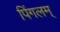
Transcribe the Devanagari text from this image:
पिंगलम्